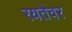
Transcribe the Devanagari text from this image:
रयतेवर